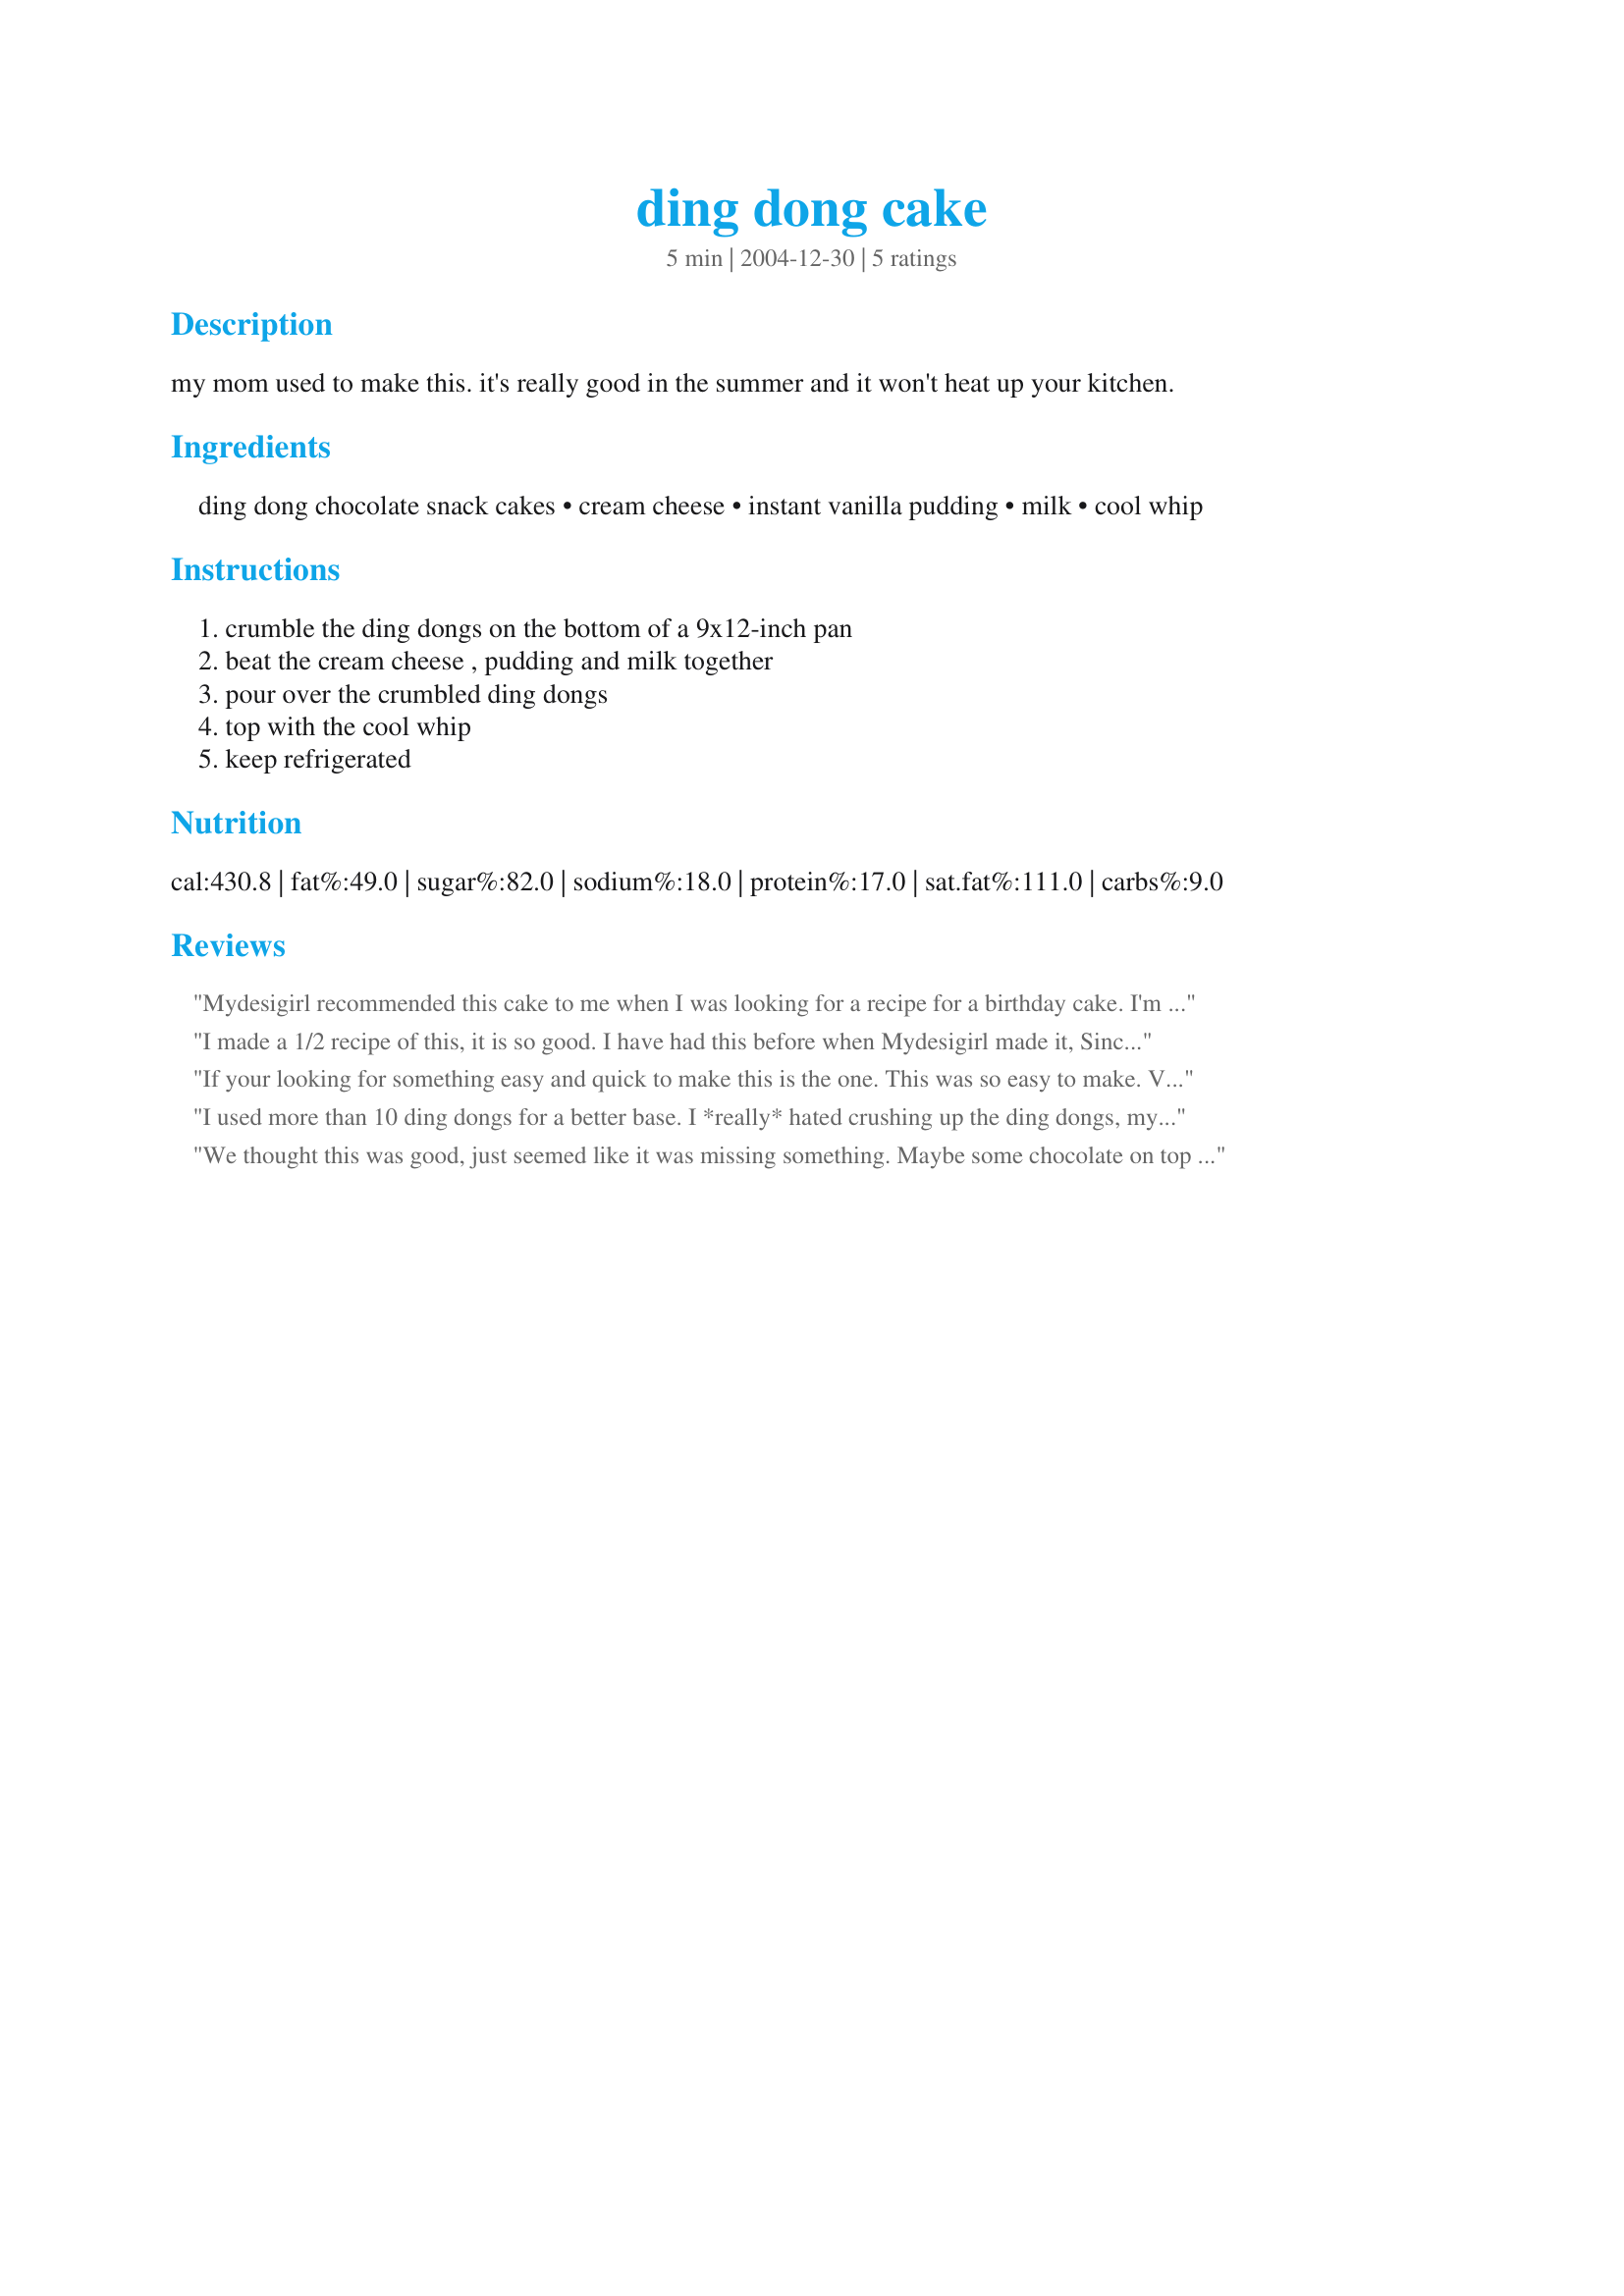
ding dong cake
Preparation time: 5 minutes

my mom used to make this. it's really good in the summer and it won't heat up your kitchen.

Ingredients:
ding dong chocolate snack cakes, cream cheese, instant vanilla pudding, milk, cool whip

Steps:
crumble the ding dongs on the bottom of a 9x12-inch pan, beat the cream cheese , pudding and milk together, pour over the crumbled ding dongs, top with the cool whip, keep refrigerated

Reviews:
Mydesigirl recommended this cake to me when I was looking for a recipe for a birthday cake. I'm so glad that I tried this one. It was so quick and easy and delicious. I made a couple changes: I only used 1/2 of the cream cheese, pudding and milk mixture. And my pudding box was 3.4 oz. not 2 oz. like mentioned in the ingredient list. I put the Ding Dongs in an 11 x 7 pan and it worked out perfectly. I think shaved chocolate would make a great topping for this cake.
I made a 1/2 recipe of this, it is so good. I have had this before when Mydesigirl made it, Since it is just me and my DH the whole recipe would of been too much. To my surprise, DH really like it.
If your looking for something easy and quick to make this is the one. This was so easy to make. Very good. Even my DH had some and said it very delicious.
I used more than 10 ding dongs for a better base. I *really* hated crushing up the ding dongs, my fingers were quite waxy feeling afterwards. They all loved it.
Thank You!
We thought this was good, just seemed like it was missing something. Maybe some chocolate on top would bring more flavor to the chocolate on the bottom. Thanks for posting this so we could try it.
